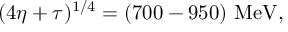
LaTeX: ( 4 \eta + \tau ) ^ { 1 / 4 } = ( 7 0 0 - 9 5 0 ) \mathrm { ~ M e V } ,